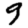
Digit: 9